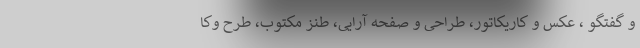
و گفتگو ، عکس و کاریکاتور، طراحی و صفحه آرایی، طنز مکتوب، طرح وکا